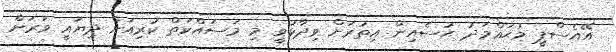
އޭއެސްޕީ މުޙައްމަދު ޙުސެއިން އިތުރަށް ވިދާޅުވީ މި މަސައްކަތް ކުރިއަށް ދިޔައީ ވަރަށް